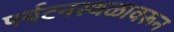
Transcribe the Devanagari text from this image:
पर्यटनस्थळावरून